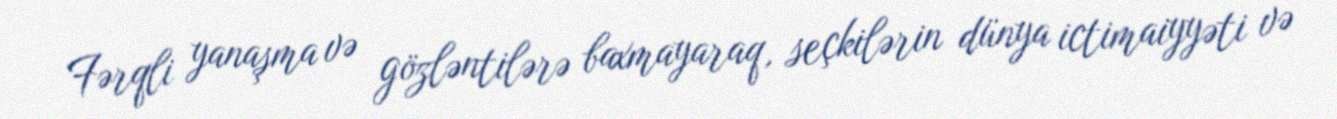
Fərqli yanaşma və gözləntilərə baxmayaraq, seçkilərin dünya ictimaiyyəti və